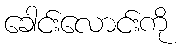
ခေါင်းလောင်းကို